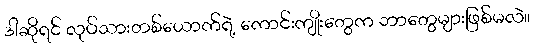
ဒါဆိုရင် လုပ်သားတစ်ယောက်ရဲ့ ကောင်းကျိုးတွေက ဘာတွေများဖြစ်မလဲ။